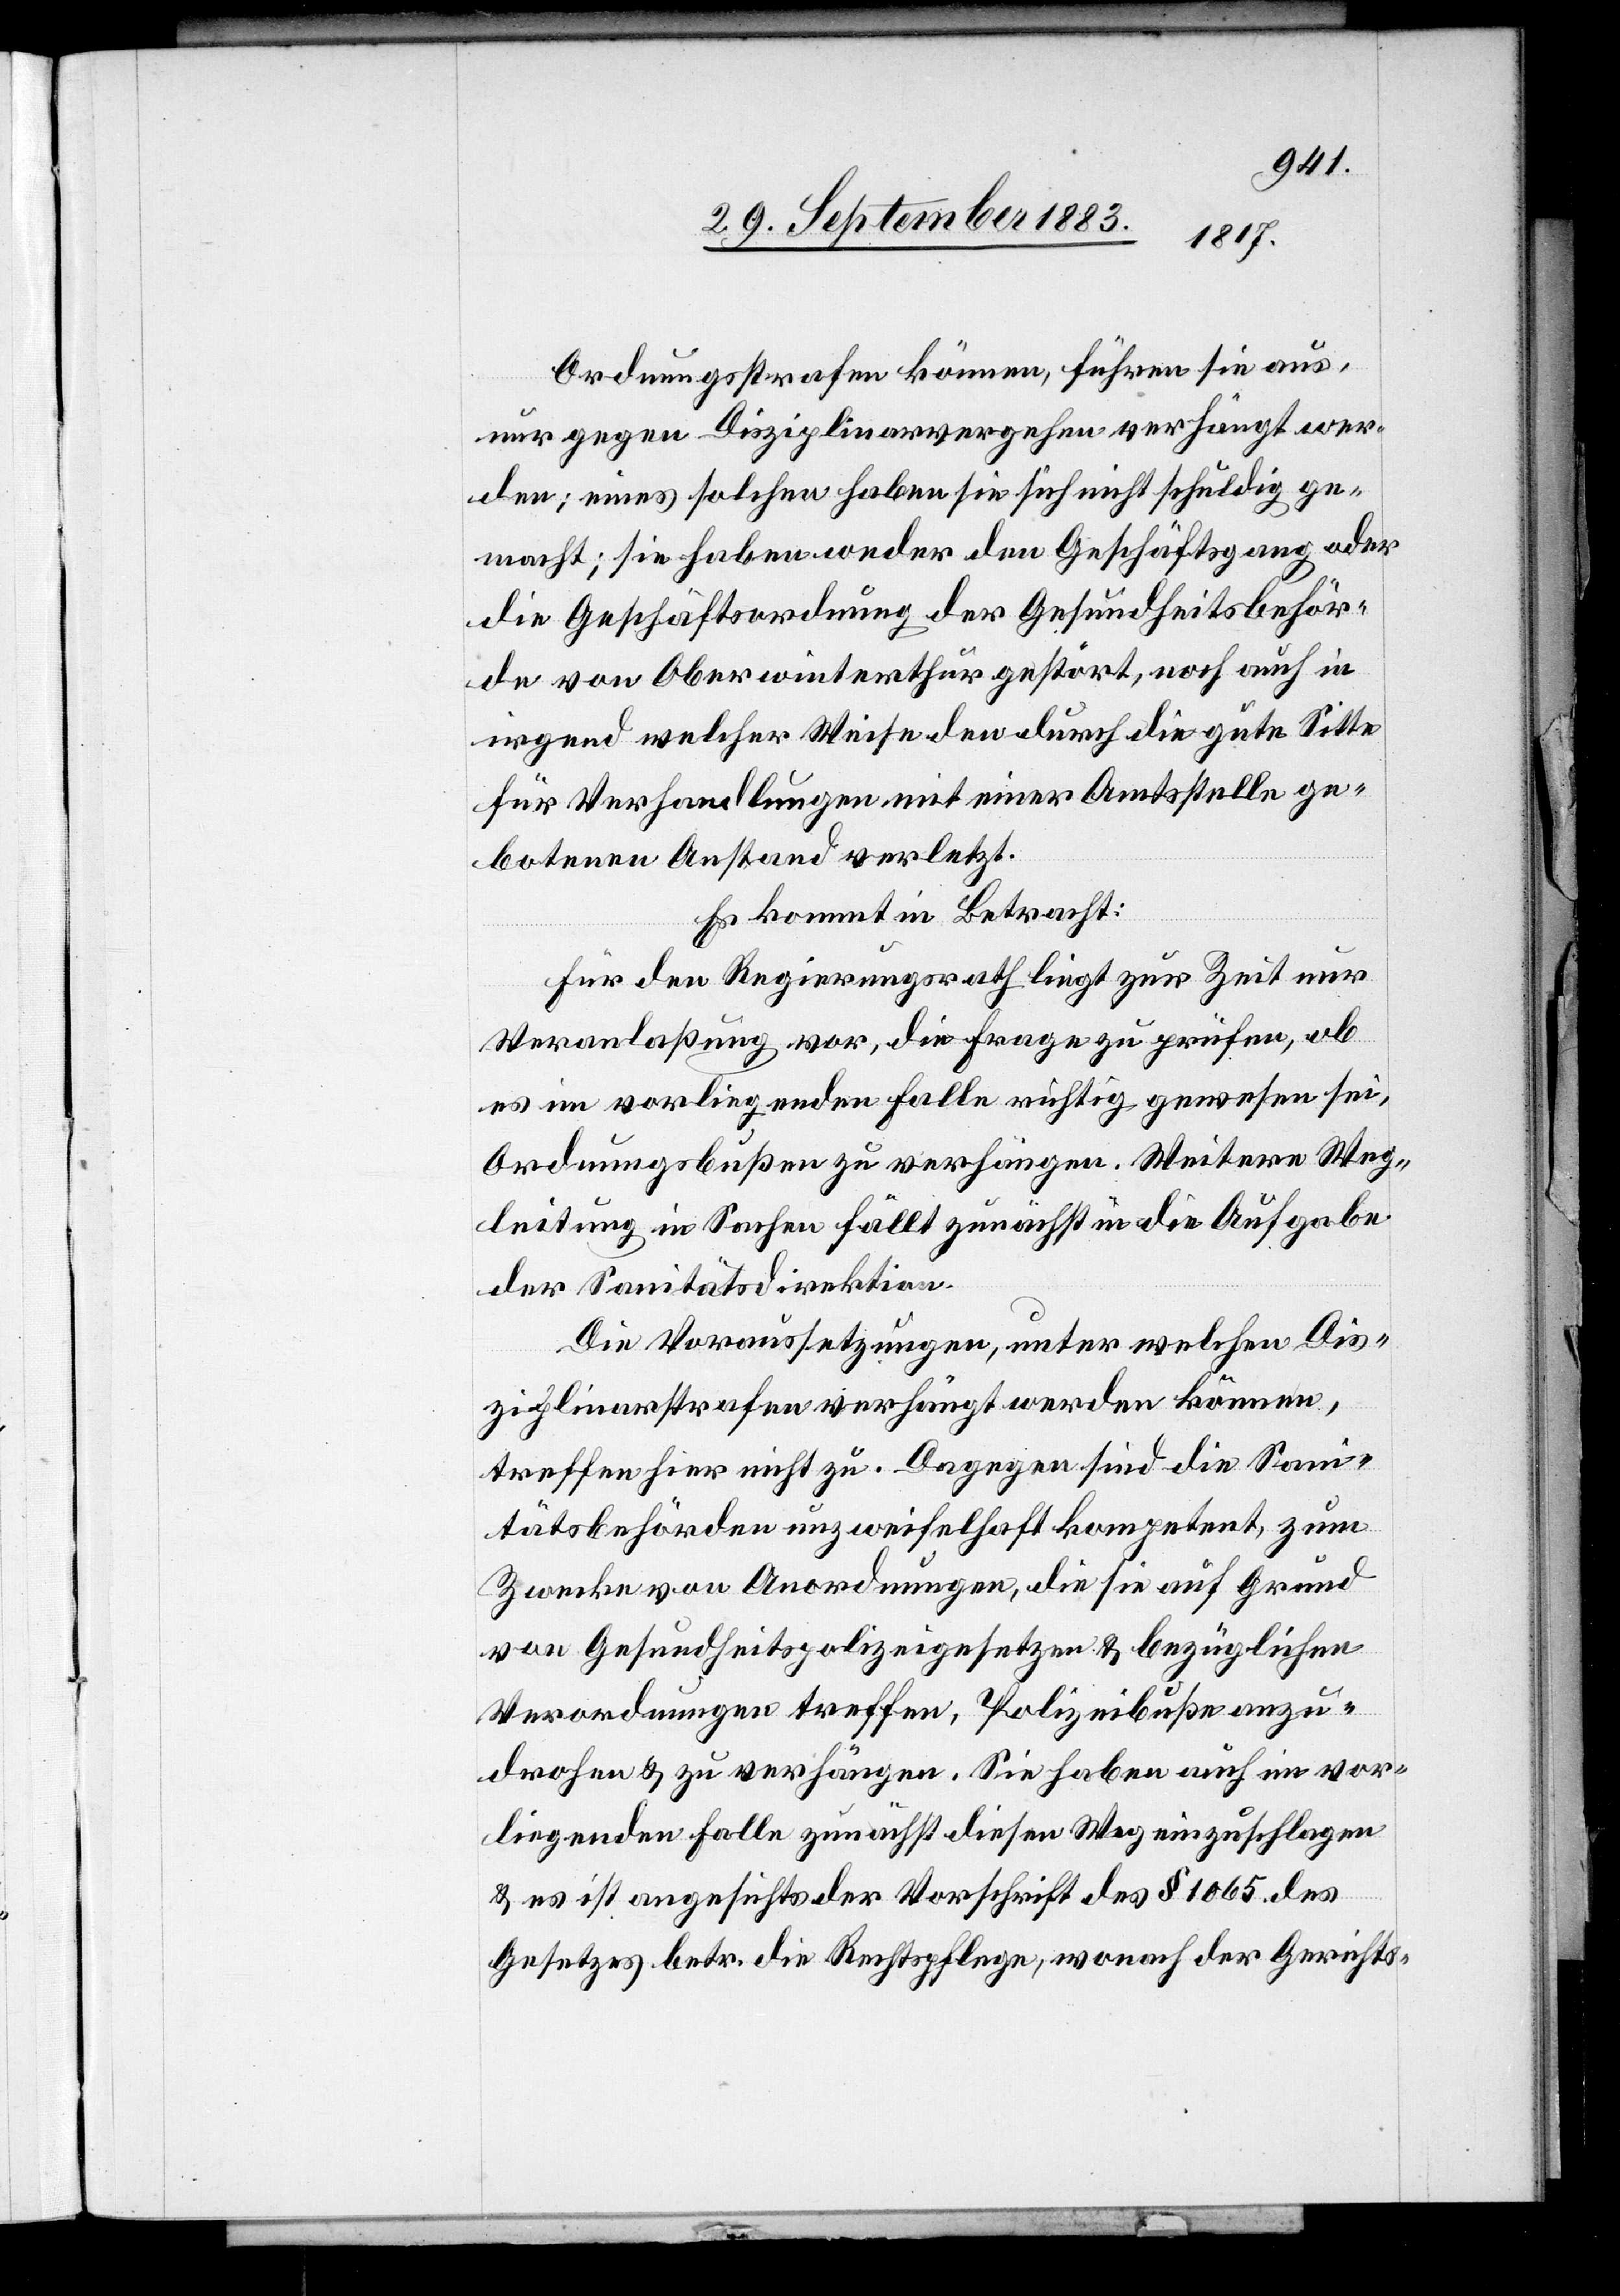
Ordnungsstrafen können, führen sie aus,
nur gegen Disziplinarvergehen verhängt wer¬
den; eines solchen haben sie sich nicht schuldig ge¬
macht; sie haben weder den Geschäftsgang oder
die Geschäftsordnung der Gesundheitsbehör¬
de von Oberwinterthur gestört, noch auch in
irgend welcher Weise den durch die gute Sitte
für Verhandlungen mit einer Amtsstelle ge¬
botenen Anstand verletzt.
Es kommt in Betracht:
Für den Regierungsrath liegt zur Zeit nur
Veranlaßung vor, die Frage zu prüfen, ob
es im vorliegenden Falle richtig gewesen sei,
Ordnungsbußen zu verhängen. Weitere Weg¬
leitung in Sachen fällt zunächst in die Aufgabe
der Sanitätsdirektion.
Die Voraussetzungen, unter welchen Dis¬
ziplinarstrafen verhängt werden können,
treffen hier nicht zu. Dagegen sind die San¬
itätsbehörden unzweifelhaft kompetent, zum
Zwecke von Anordnungen, die sie auf Grund
von Gesundheitspolizeigesetzen & bezüglichen
Verordnungen treffen, Polizeibuße anzu¬
drohen & zu verhängen. Sie haben auch im vor¬
liegenden Falle zunächst diesen Weg einzuschlagen
& es ist angesichts der Vorschrift des § 1065 des
Gesetzes betr. die Rechtspflege, wonach der Gerichts-